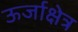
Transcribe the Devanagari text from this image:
ऊर्जाक्षेत्र